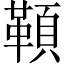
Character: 𩔈